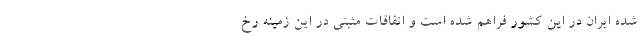
شده ایران در این کشور فراهم شده است و اتفاقات مثبتی در این زمینه رخ